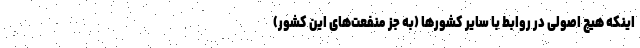
اینکه هیچ اصولی در روابط با سایر کشورها (به جز منفعت‌های این کشور)